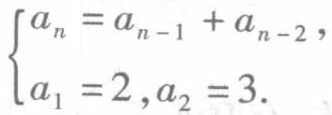
$\begin{cases}
a_{n}=a_{n - 1}+a_{n - 2},\\
a_{1}=2,a_{2}=3.
\end{cases}$